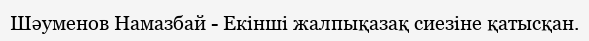
Шәуменов Намазбай - Екінші жалпықазақ сиезіне қатысқан.